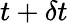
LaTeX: t+\delta t